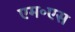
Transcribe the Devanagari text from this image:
एम॰एस